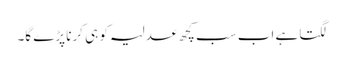
لگتا ہے اب سب کچھ عدلیہ کو ہی کرنا پڑے گا۔